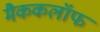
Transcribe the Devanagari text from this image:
मैककलॉफ